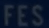
FES